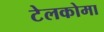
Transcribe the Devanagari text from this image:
टेलकोमा